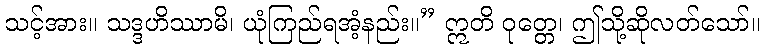
သင့်အား။ သဒ္ဒဟိဿာမိ၊ ယုံကြည်ရအံ့နည်း။” ဣတိ ဝုတ္တေ၊ ဤသို့ဆိုလတ်သော်။